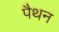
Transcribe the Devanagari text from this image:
पैथन